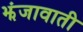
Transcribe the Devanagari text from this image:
झंजावाती